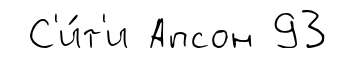
С'и́т'и Апсон 93